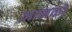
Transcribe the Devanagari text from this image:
ज्ञानको